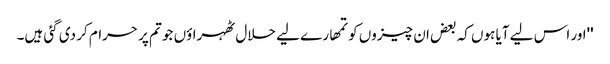
''اور اس لیے آیا ہوں کہ بعض ان چیزوں کو تمھارے لیے حلال ٹھہراؤں جو تم پر حرام کر دی گئی ہیں۔